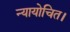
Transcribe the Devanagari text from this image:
न्यायोचित।